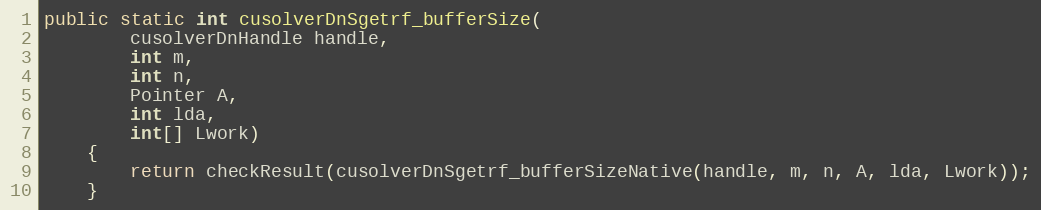
Language: Java
public static int cusolverDnSgetrf_bufferSize(
        cusolverDnHandle handle,
        int m,
        int n,
        Pointer A,
        int lda,
        int[] Lwork)
    {
        return checkResult(cusolverDnSgetrf_bufferSizeNative(handle, m, n, A, lda, Lwork));
    }